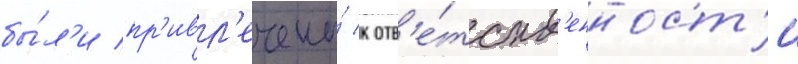
бы́л'и пр'ивл'ечены́ к отв'е́тств'енност'и